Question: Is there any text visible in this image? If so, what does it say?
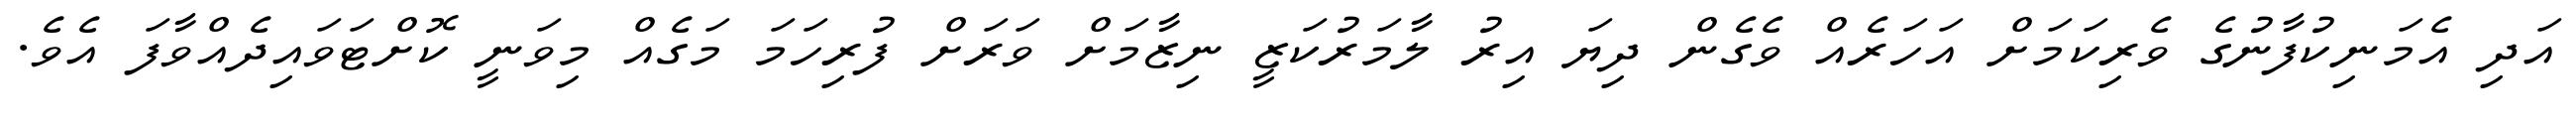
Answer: އަދި އެމަނިކުފާނުގެ ވެރިކަމަށް އަހަރެއް ވެގެން ދިޔަ އިރު ލާމަރުކަޒީ ނިޒާމަށް ވަރަށް ފުރިހަމަ މަގެއް މިވަނީ ކޮށްޓަވައިދެއްވާފަ އެވެ.